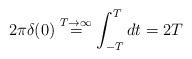
LaTeX: \begin{align*}2\pi \delta (0) \stackrel{T\rightarrow \infty}{=}\int_{-T}^{T} dt = 2T\end{align*}